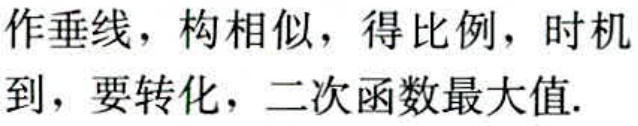
作垂线，构相似，得比例，时机到，要转化，二次函数最大值.